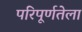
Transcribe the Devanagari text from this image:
परिपूर्णतेला